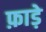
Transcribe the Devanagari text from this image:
फ़ाड़े